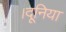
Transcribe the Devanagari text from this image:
।दूनिया